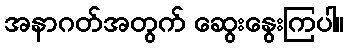
အနာဂတ်အတွက် ဆွေးနွေးကြပါ။